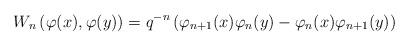
LaTeX: \begin{align*} W_{n}\left(\varphi(x),\varphi(y)\right)=q^{-n}\left(\varphi_{n+1}(x)\varphi_{n}(y)-\varphi_{n}(x)\varphi_{n+1}(y)\right) \end{align*}